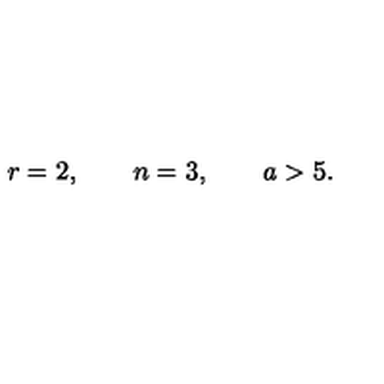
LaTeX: r = 2 , \qquad n = 3 , \qquad a > 5 .